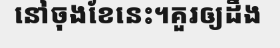
នៅចុងខែនេះ។គួរឲ្យដឹង